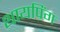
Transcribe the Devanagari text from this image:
थायपिंग